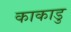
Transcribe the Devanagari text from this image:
काकाडु